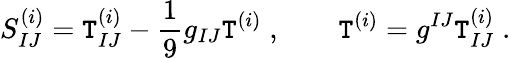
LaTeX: S_{IJ}^{(i)}=\mathtt{T}_{IJ}^{(i)}-\frac{{1}}{{9}}g_{IJ}\mathtt{T}^{(i)}\; ,\qquad\mathtt{T}^{(i)}=g^{IJ}\mathtt{T}_{IJ}^{(i)}\; .